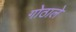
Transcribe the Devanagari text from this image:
गोठाले